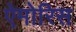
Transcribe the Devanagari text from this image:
ऐमोरिस